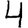
Digit: 4